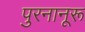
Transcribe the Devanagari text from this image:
पुरनानूरू